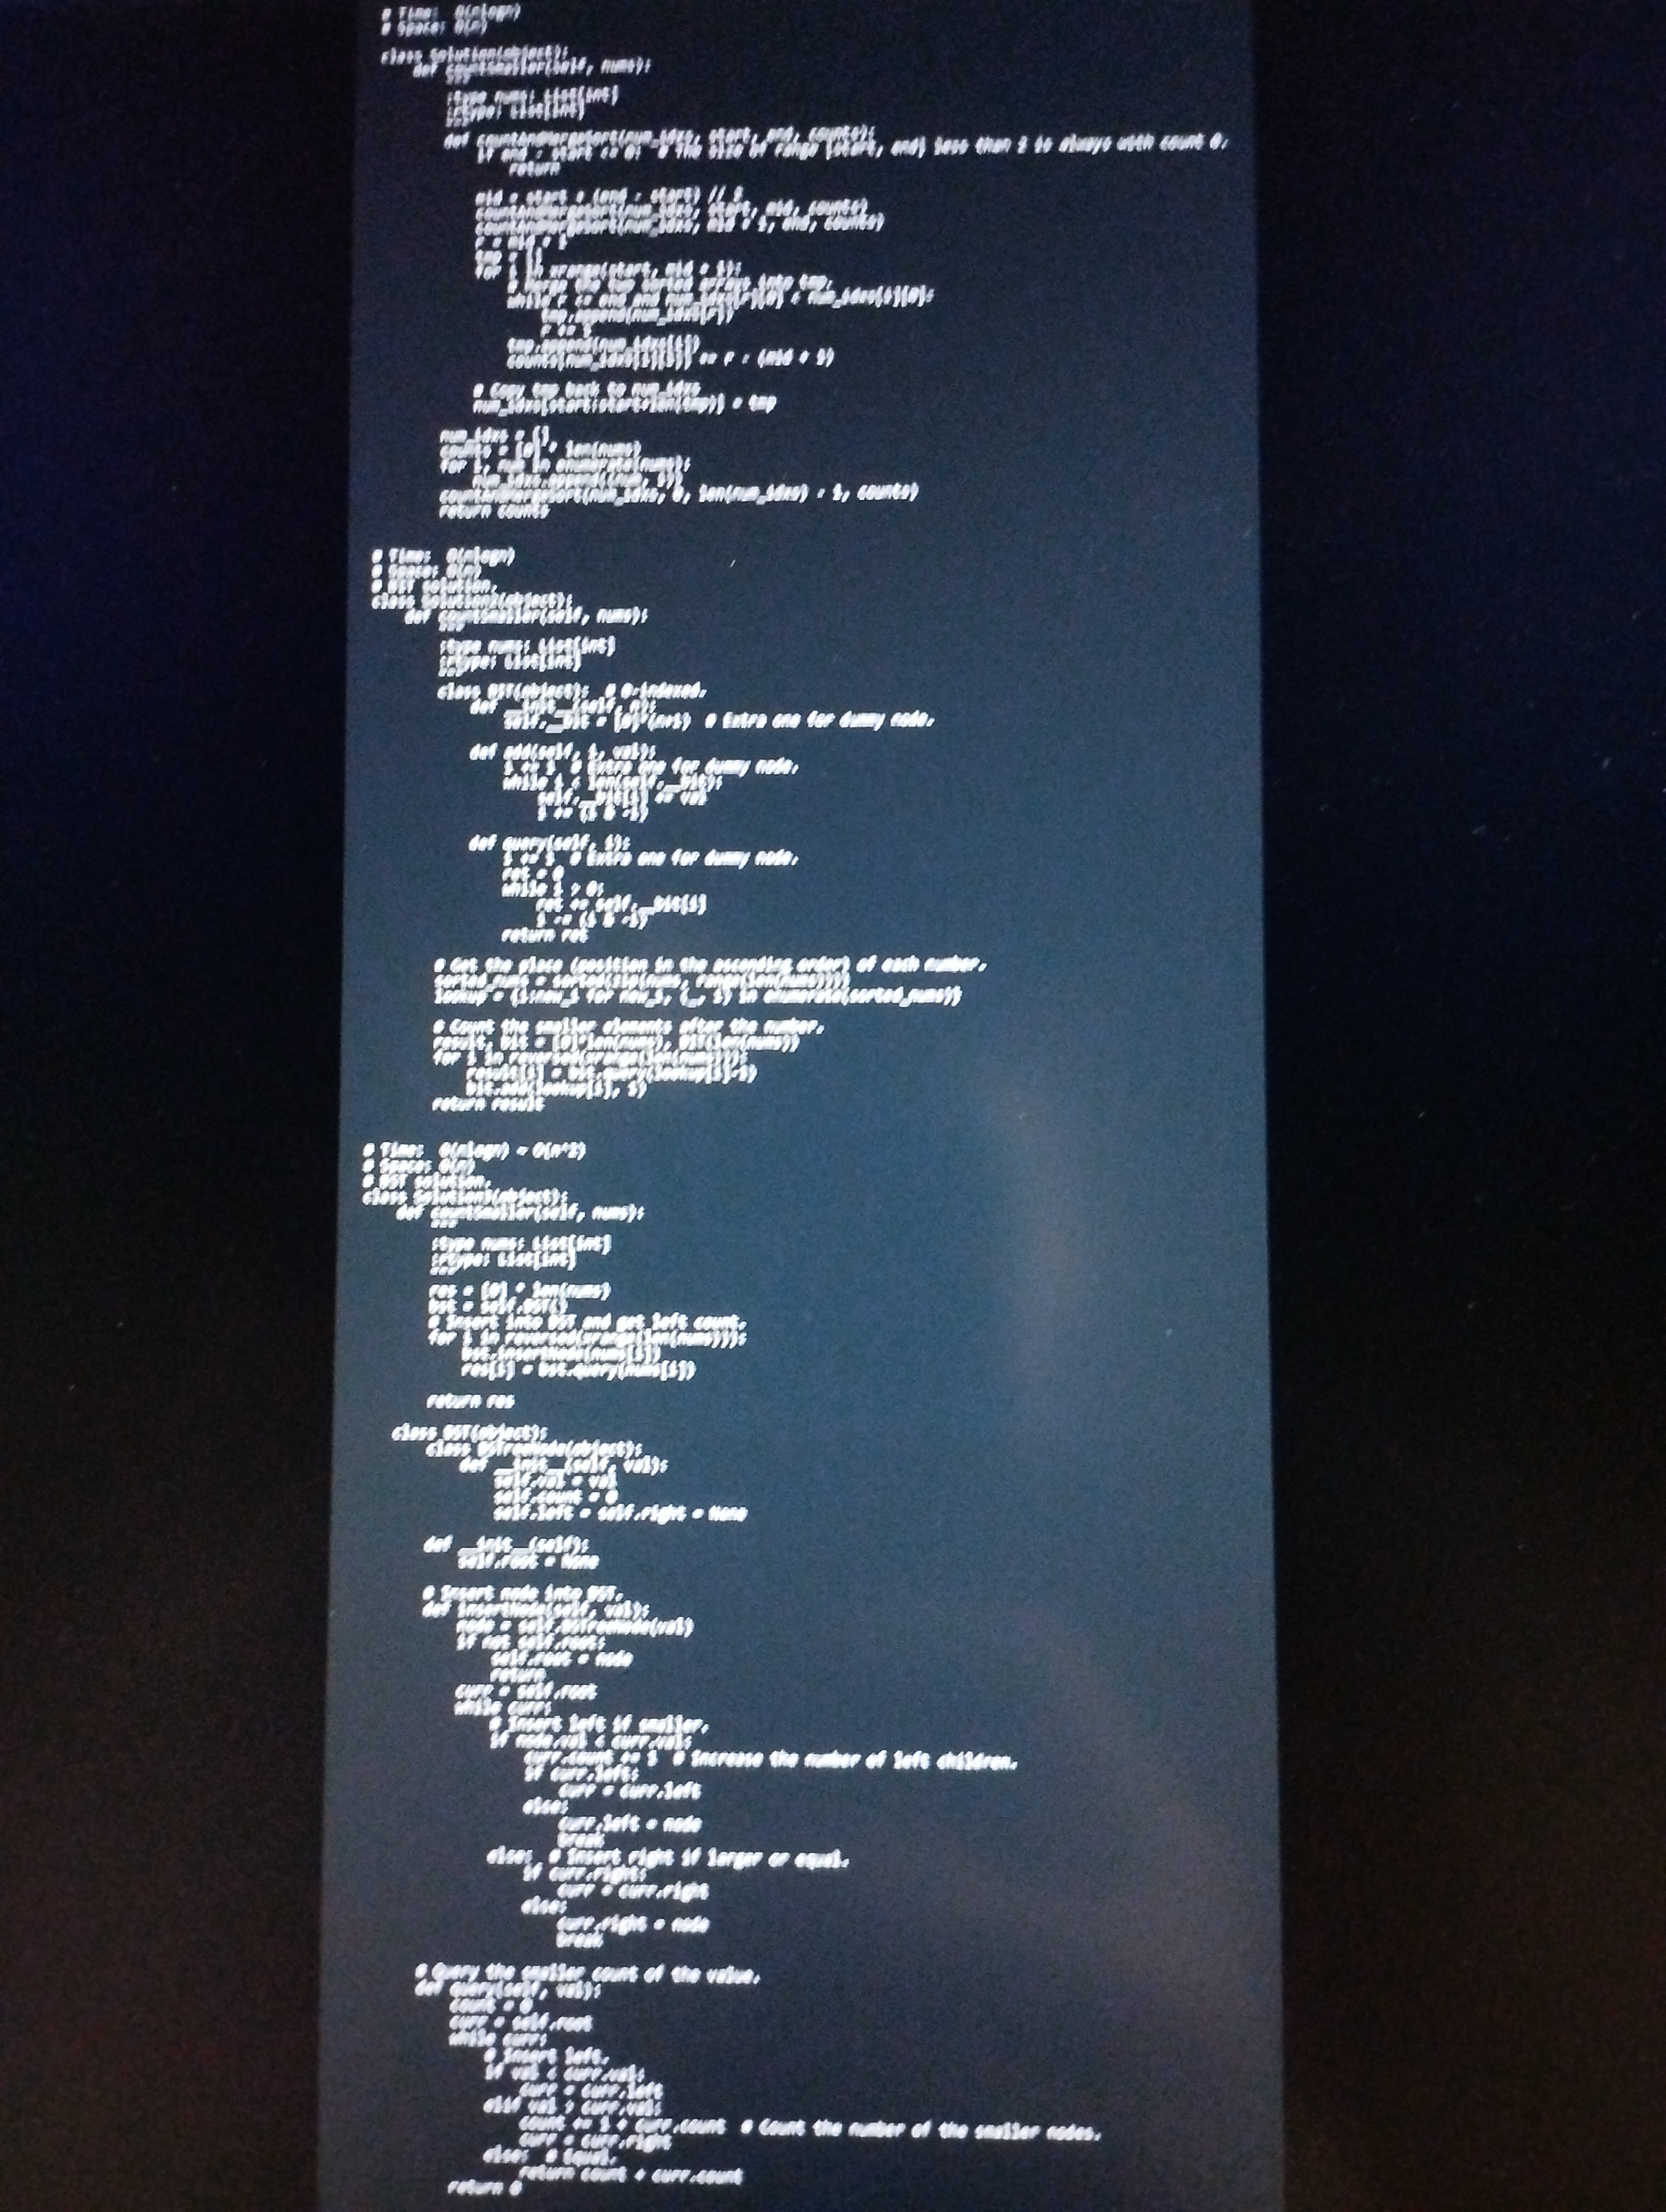
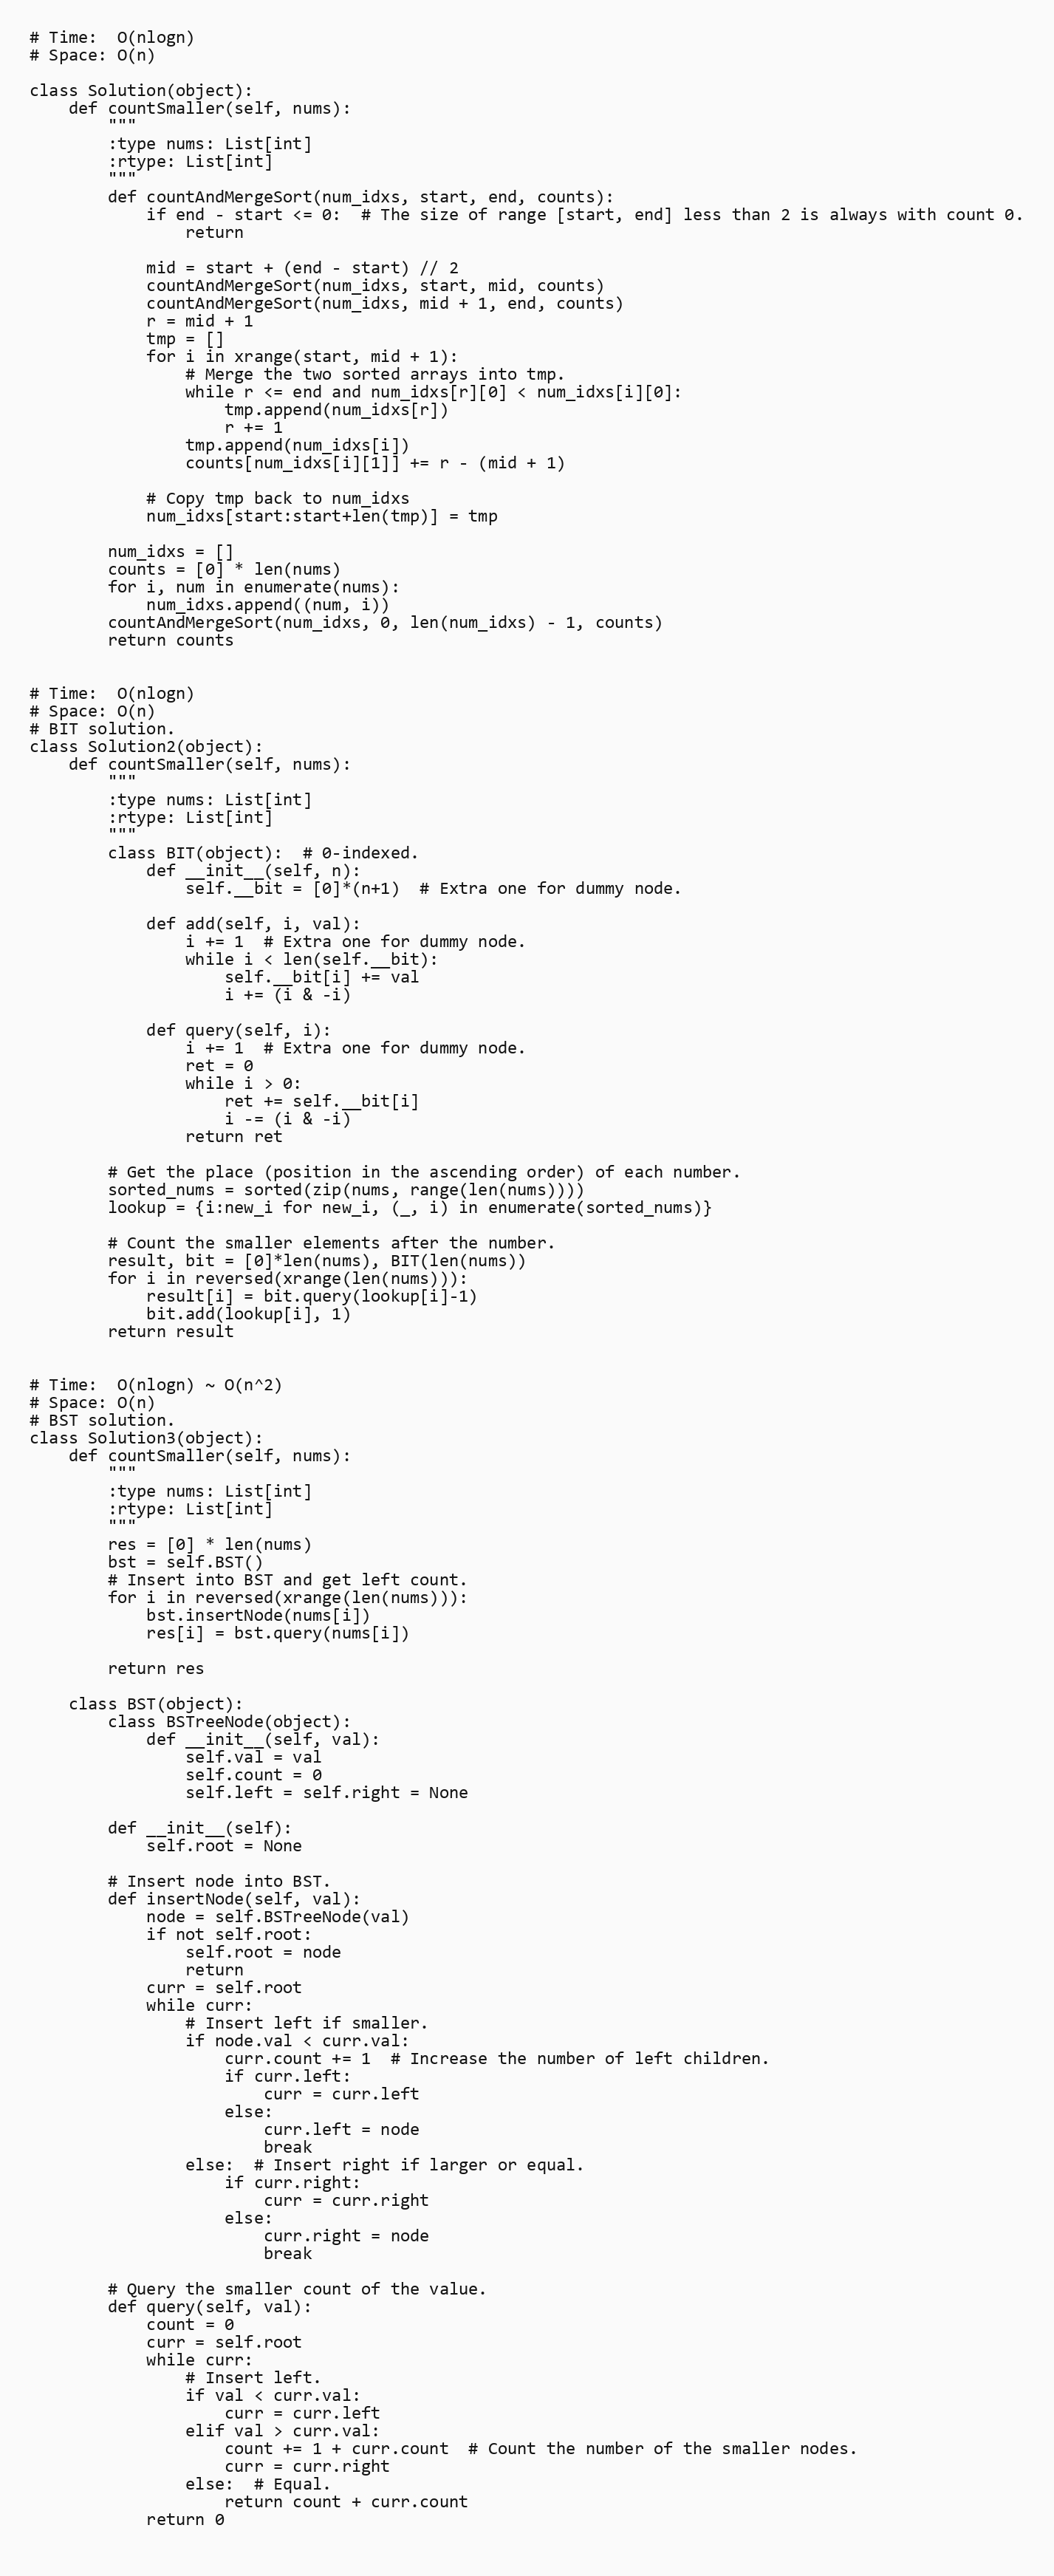
# Time:  O(nlogn)
# Space: O(n)

class Solution(object):
    def countSmaller(self, nums):
        """
        :type nums: List[int]
        :rtype: List[int]
        """
        def countAndMergeSort(num_idxs, start, end, counts):
            if end - start <= 0:  # The size of range [start, end] less than 2 is always with count 0.
                return

            mid = start + (end - start) // 2
            countAndMergeSort(num_idxs, start, mid, counts)
            countAndMergeSort(num_idxs, mid + 1, end, counts)
            r = mid + 1
            tmp = []
            for i in xrange(start, mid + 1):
                # Merge the two sorted arrays into tmp.
                while r <= end and num_idxs[r][0] < num_idxs[i][0]:
                    tmp.append(num_idxs[r])
                    r += 1
                tmp.append(num_idxs[i])
                counts[num_idxs[i][1]] += r - (mid + 1)

            # Copy tmp back to num_idxs
            num_idxs[start:start+len(tmp)] = tmp

        num_idxs = []
        counts = [0] * len(nums)
        for i, num in enumerate(nums):
            num_idxs.append((num, i))
        countAndMergeSort(num_idxs, 0, len(num_idxs) - 1, counts)
        return counts

# Time:  O(nlogn)
# Space: O(n)
# BIT solution.
class Solution2(object):
    def countSmaller(self, nums):
        """
        :type nums: List[int]
        :rtype: List[int]
        """
        class BIT(object):  # 0-indexed.
            def __init__(self, n):
                self.__bit = [0]*(n+1)  # Extra one for dummy node.

            def add(self, i, val):
                i += 1  # Extra one for dummy node.
                while i < len(self.__bit):
                    self.__bit[i] += val
                    i += (i & -i)

            def query(self, i):
                i += 1  # Extra one for dummy node.
                ret = 0
                while i > 0:
                    ret += self.__bit[i]
                    i -= (i & -i)
                return ret

        # Get the place (position in the ascending order) of each number.
        sorted_nums = sorted(zip(nums, range(len(nums))))
        lookup = {i:new_i for new_i, (_, i) in enumerate(sorted_nums)}

        # Count the smaller elements after the number.
        result, bit = [0]*len(nums), BIT(len(nums))
        for i in reversed(xrange(len(nums))):
            result[i] = bit.query(lookup[i]-1)
            bit.add(lookup[i], 1)
        return result

# Time:  O(nlogn) ~ O(n^2)
# Space: O(n)
# BST solution.
class Solution3(object):
    def countSmaller(self, nums):
        """
        :type nums: List[int]
        :rtype: List[int]
        """
        res = [0] * len(nums)
        bst = self.BST()
        # Insert into BST and get left count.
        for i in reversed(xrange(len(nums))):
            bst.insertNode(nums[i])
            res[i] = bst.query(nums[i])

        return res

    class BST(object):
        class BSTreeNode(object):
            def __init__(self, val):
                self.val = val
                self.count = 0
                self.left = self.right = None

        def __init__(self):
            self.root = None

        # Insert node into BST.
        def insertNode(self, val):
            node = self.BSTreeNode(val)
            if not self.root:
                self.root = node
                return
            curr = self.root
            while curr:
                # Insert left if smaller.
                if node.val < curr.val:
                    curr.count += 1  # Increase the number of left children.
                    if curr.left:
                        curr = curr.left
                    else:
                        curr.left = node
                        break
                else:  # Insert right if larger or equal.
                    if curr.right:
                        curr = curr.right
                    else:
                        curr.right = node
                        break

        # Query the smaller count of the value.
        def query(self, val):
            count = 0
            curr = self.root
            while curr:
                # Insert left.
                if val < curr.val:
                    curr = curr.left
                elif val > curr.val:
                    count += 1 + curr.count  # Count the number of the smaller nodes.
                    curr = curr.right
                else:  # Equal.
                    return count + curr.count
            return 0